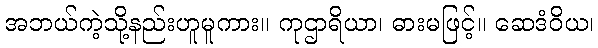
အဘယ်ကဲ့သို့နည်းဟူမူကား။ ကုဌာရိယာ၊ ဓားမဖြင့်။ ဆေဒံဝိယ၊